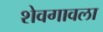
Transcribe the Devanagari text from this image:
शेवगावला